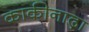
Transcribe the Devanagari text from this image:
काकीनाढ़ा